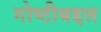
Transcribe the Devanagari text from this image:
गोष्टीबद्दल